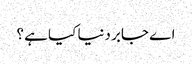
اے جابر دنیا کیا ہے ؟